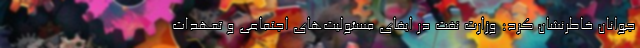
جوانان خاطرنشان کرد: وزارت نفت در ایفای مسئولیت‌های اجتماعی و تعهدات